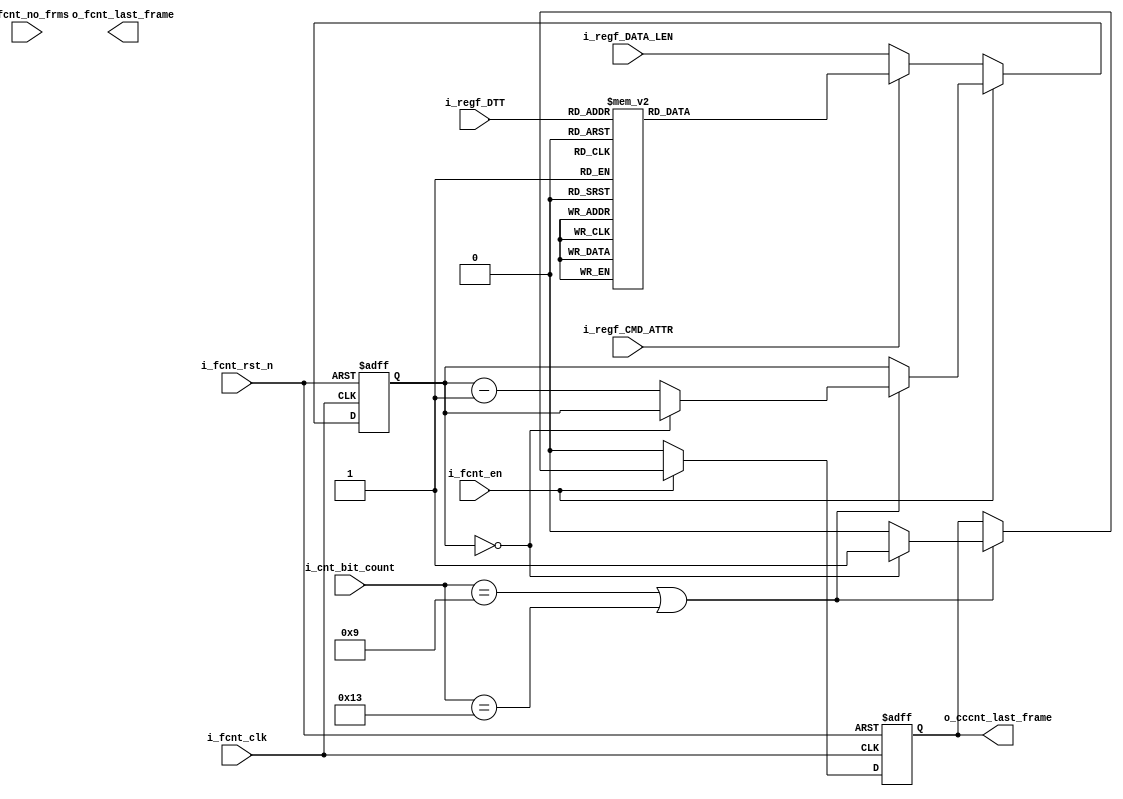
//`timescale 1ns / 1ps
//////////////////////////////////////////////////////////////////////////////////
// Company: 
// Engineer: 
// 
// Design Name: 
// Module Name:    frame_counter 
// Project Name: 
// Target Devices: 
// Tool versions: 
// Description: 
//
// Dependencies: 
//
// Revision: 
// Revision 0.01 - File Created
// Additional Comments: 
//
//////////////////////////////////////////////////////////////////////////////////
`default_nettype none
module frame_counter_old (
    input  wire  [7:0] i_fcnt_no_frms     ,
    input  wire        i_fcnt_clk         ,
    input  wire        i_fcnt_rst_n       ,
    input  wire        i_fcnt_en          ,
    input  wire        i_regf_CMD_ATTR    ,     // HDR 1 bit only selects bit [0] (1 for immediate and 0 for regular)
    input  wire [15:0] i_regf_DATA_LEN    ,     // HDR 
    input  wire [2:0]  i_regf_DTT         ,     // HDR
    input  wire [5:0]  i_cnt_bit_count    ,     // HDR
    output reg         o_fcnt_last_frame  ,     
    output reg         o_cccnt_last_frame       // HDR
    );
	
reg [15:0] count = 4'b0 ;
wire       count_done   ;
/*
// for tx : assign count_done = (count == i_fcnt_no_frms - 1'b1)? 1'b1 : 1'b0 ; we need to create mux at integration
assign count_done = (count == i_fcnt_no_frms)? 1'b1 : 1'b0 ;
always@(posedge i_fcnt_en or negedge i_fcnt_rst_n)
begin 
  if(~i_fcnt_rst_n)
    begin 
      o_fcnt_last_frame <= 1'b0 ;
      count <= 16'b0 ;
    end
  else if(i_fcnt_en && ~count_done)
    begin
      o_fcnt_last_frame <= 1'b0 ;
      count <= count + 16'b1 ;
    end
  else 
    begin
      o_fcnt_last_frame <= 1'b1 ; 
    end
end  
*/ 
always @(posedge i_fcnt_clk or negedge i_fcnt_rst_n) begin 
    if (!i_fcnt_rst_n) begin 
        count <= 'd0 ;
        o_cccnt_last_frame <= 1'b0 ;
    end 
    else begin  
        if(i_fcnt_en) begin           
            if(i_cnt_bit_count == 9 || i_cnt_bit_count == 19) begin 
                if (count == 'd0) begin 
                    o_cccnt_last_frame <= 1'b1 ;
                end 
                else begin
                    o_cccnt_last_frame <= 1'b0 ;
                    count <= count - 1 ;
                end
            end         
        end
     
      // reset counter 
        else begin
            o_cccnt_last_frame <= 1'b0 ;

            if(!i_regf_CMD_ATTR) begin      // regular
                count <= i_regf_DATA_LEN ; // DWORD1
            end 

        else begin                      // immediate 
          case (i_regf_DTT) 
          3'd0 : count <= 0 ;
          3'd1 : count <= 1 ;
          3'd2 : count <= 2 ;
          3'd3 : count <= 3 ;
          3'd4 : count <= 4 ;

          3'd5 : count <= 0 ;
          3'd6 : count <= 1 ;
          3'd7 : count <= 2 ;
          endcase
        end 
      end 
  end 
end

endmodule
//`default_nettype wire